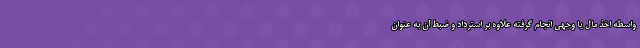
واسطه اخذ مال یا وجهی انجام گرفته علاوه بر استرداد و ضبط آن به عنوان